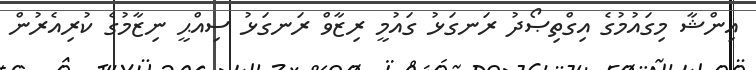
އިންޝާ މިގައުމުގެ އިގްތިޞޯދު ރަނގަޅު ގައުމީ ރިޒާވް ރަނގަޅު ސިއްޙީ ނިޒާމުގެ ކުރިއެރުން